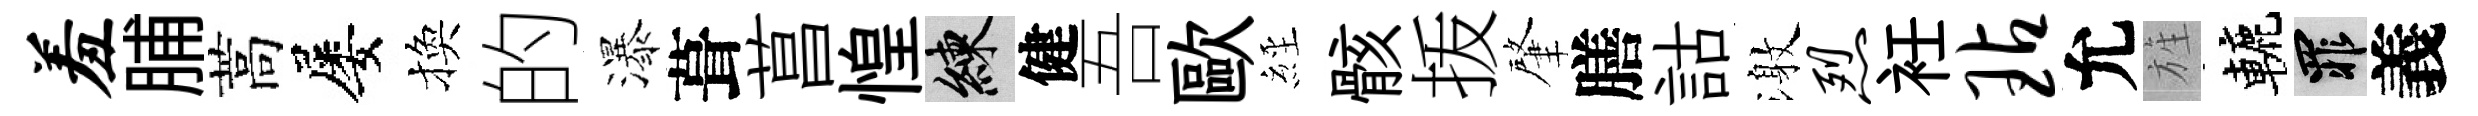
羞脯蒿屡換的瀑葺菖惶練健吾歐𦀇骸㧞肇膳詁激烈衽玷允旌轆罪義